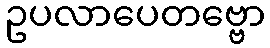
ဥပလာပေတဗ္ဗော